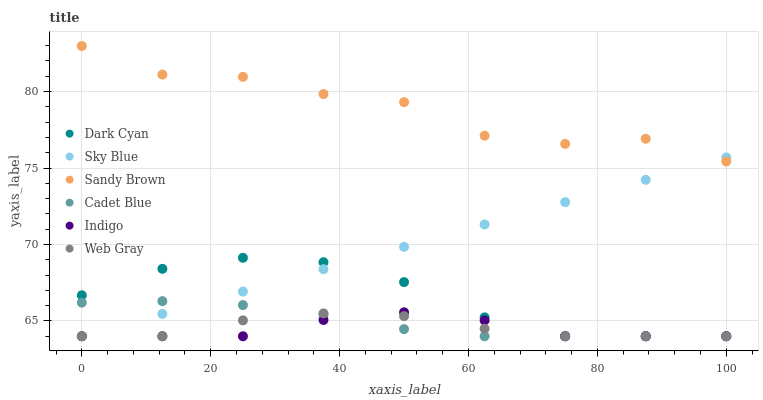
| xaxis_label | Dark Cyan | Sky Blue | Sandy Brown | Cadet Blue | Indigo | Web Gray |
 | --- | --- | --- | --- | --- | --- | --- |
 | 0 | 66.7 | 64 | 83 | 66.2 | 64 | 64 |
 | 12.5 | 68.4 | 65.5 | 81.1 | 66.3 | 64 | 64 |
 | 25 | 69.1 | 66.9 | 81 | 66 | 64 | 65 |
 | 37.5 | 68.8 | 68.4 | 79.8 | 65.4 | 65.1 | 65.5 |
 | 50 | 67.5 | 69.8 | 79.3 | 64.5 | 65.6 | 65.3 |
 | 62.5 | 65.2 | 71.3 | 77.1 | 64 | 65 | 64.5 |
 | 75 | 64 | 72.8 | 76.6 | 64 | 64 | 64 |
 | 87.5 | 64 | 74.2 | 76.9 | 64 | 64 | 64 |
 | 100 | 64 | 75.7 | 75.4 | 64 | 64 | 64 |